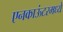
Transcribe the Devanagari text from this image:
एनकाऊंटरमध्ये